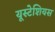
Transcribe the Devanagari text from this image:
यूस्टेशियस